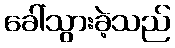
ခေါ်သွားခဲ့သည်